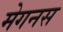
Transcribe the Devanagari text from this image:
मेगनस